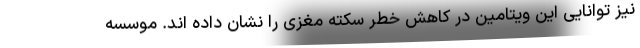
نیز توانایی این ویتامین در کاهش خطر سکته مغزی را نشان داده اند. موسسه